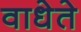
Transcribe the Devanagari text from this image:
वाधेते